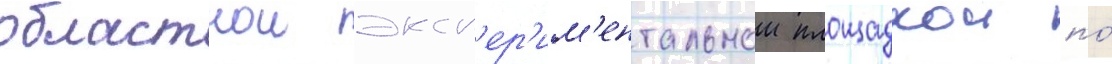
областнои эксп'ер'им'ентальнои площадкои по́